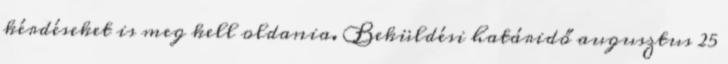
kérdéseket is meg kell oldania. Beküldési határidő augusztus 25